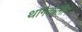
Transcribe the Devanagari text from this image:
थांगकालीन